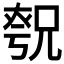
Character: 𪥚